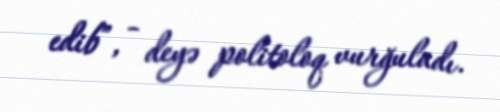
edib”, - deyə politoloq vurğuladı.